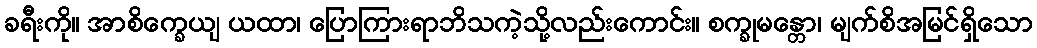
ခရီးကို။ အာစိက္ခေယျ ယထာ၊ ပြောကြားရာဘိသကဲ့သို့လည်းကောင်း။ စက္ခုမန္တော၊ မျက်စိအမြင်ရှိသော